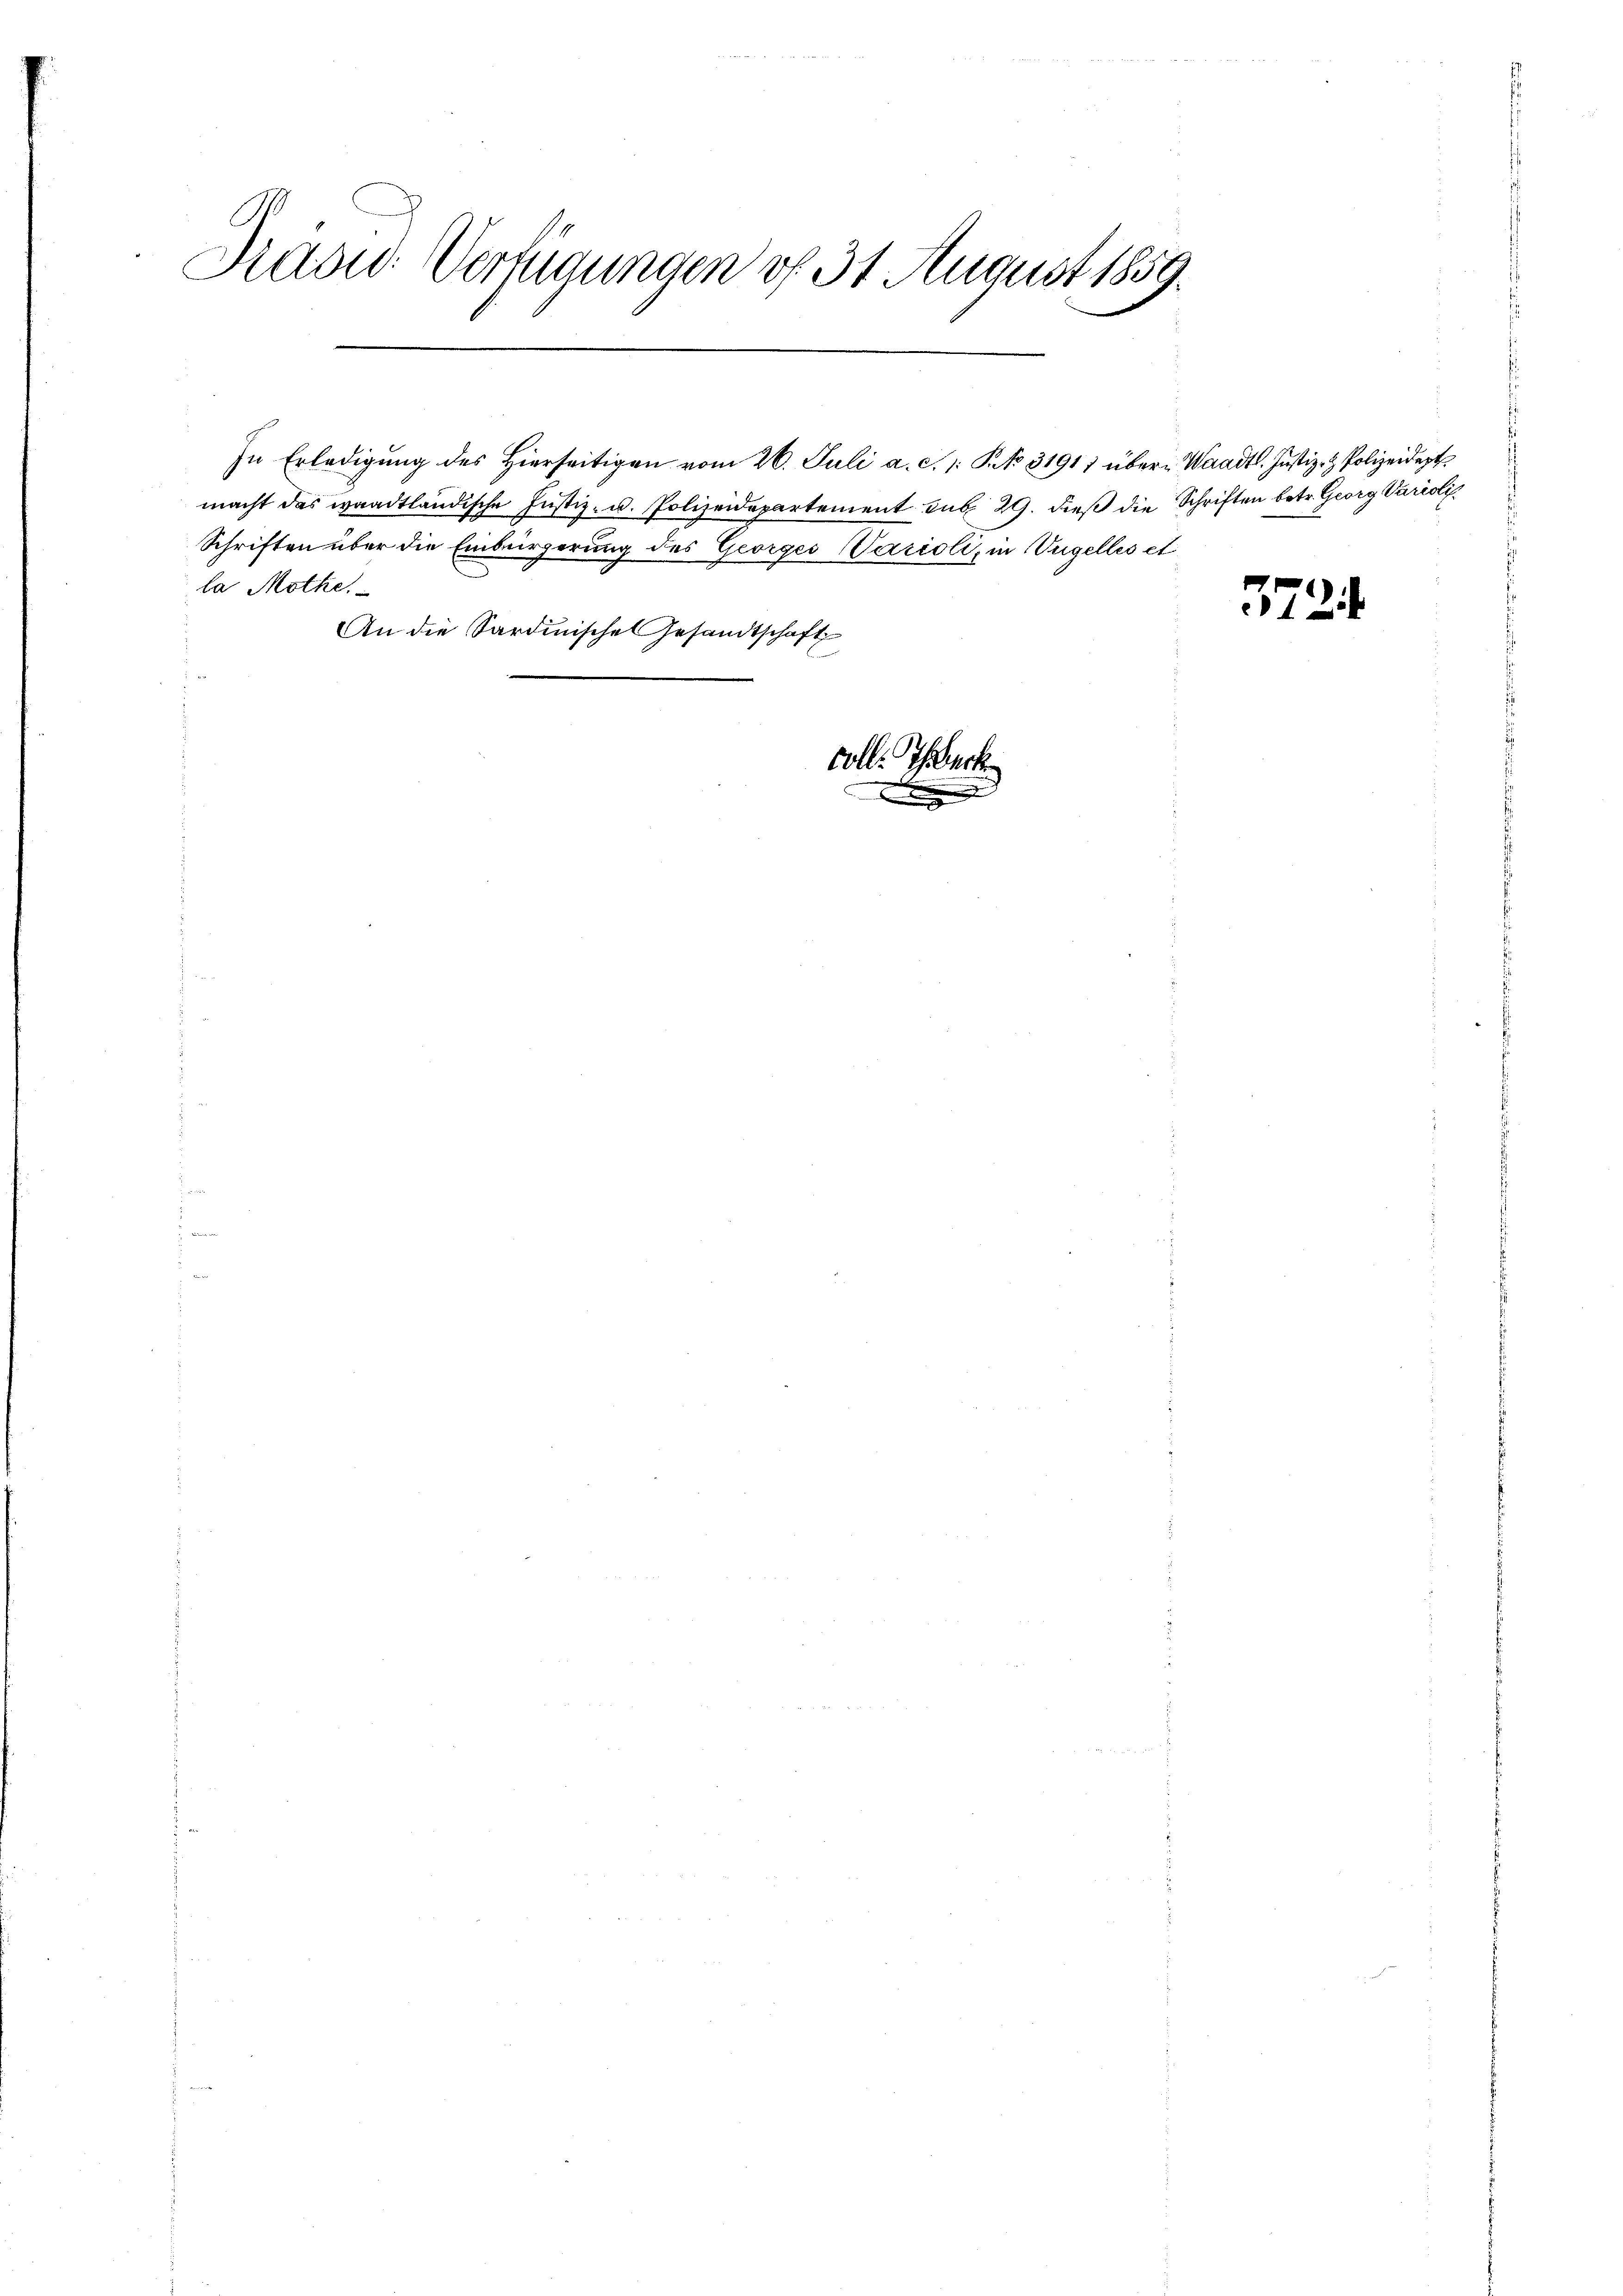
Präsid. Verfügungen of 31 August 1859.

macht das waadtländische Justiz- u. Polizeidepartement sub 29. dieß die Schriften betr. Georg Varioli
la Möthe.
An die Sardinisches Gesandtschaft

Schriften über die Einbürgerung des Georges Varioli, in Vngelles et

In Erledigung des Hierseitigen vom 26. Juli a. c. 1 S. 31911 über Waadt. Justiz- & Polizeidept

coll: Thalrech

3724